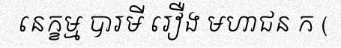
នេក្ខម្ម បារមី រឿង មហាជន ក (